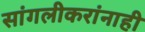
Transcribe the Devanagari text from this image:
सांगलीकरांनाही